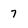
Character: 7